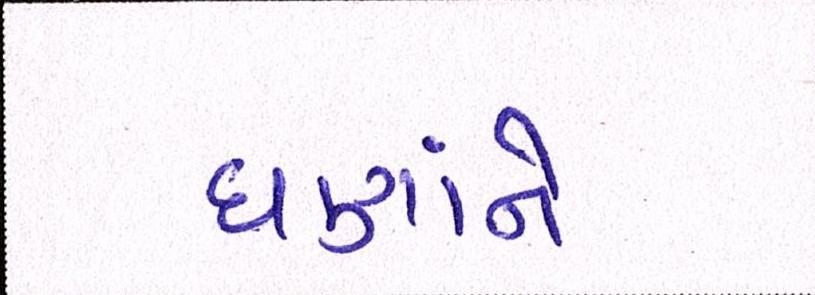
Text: ઘણાંને